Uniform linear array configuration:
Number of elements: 64
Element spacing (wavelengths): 0.5
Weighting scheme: uniform
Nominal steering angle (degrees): -60
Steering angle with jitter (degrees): -59.333
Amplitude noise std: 0.05
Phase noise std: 0.05

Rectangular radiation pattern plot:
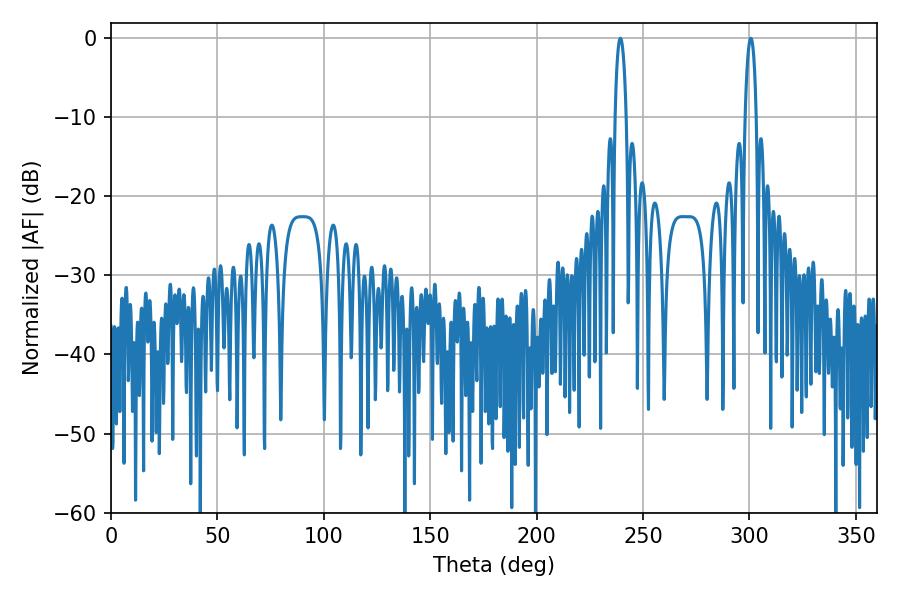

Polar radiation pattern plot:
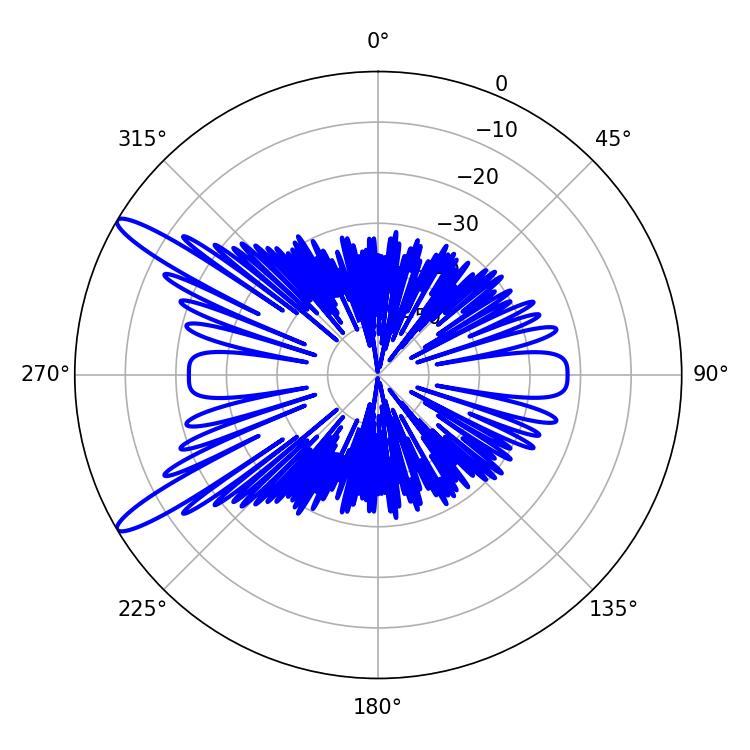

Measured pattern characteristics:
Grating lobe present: FALSE
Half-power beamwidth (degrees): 2.88
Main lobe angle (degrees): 300.6